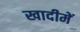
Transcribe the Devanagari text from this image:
खादीमें